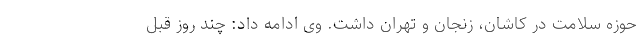
حوزه سلامت در کاشان، زنجان و تهران داشت. وی ادامه داد: چند روز قبل